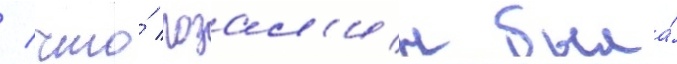
/ что́ розал'ин была́